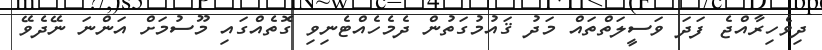
ދިވެހިރާއްޖެ ފަދަ ވަސީލަތްތައް މަދު ޤައުމުގަތުން ދެމެހެއްޓެނިވި ގޮތެއްގައި މޫސުމަށް އަންނަ ނޭދެވޭ